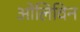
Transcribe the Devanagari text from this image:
ओलिविन